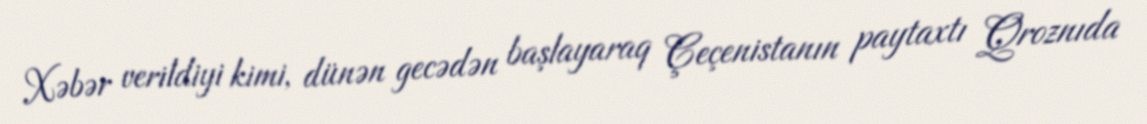
Xəbər verildiyi kimi, dünən gecədən başlayaraq Çeçenistanın paytaxtı Qroznıda